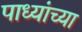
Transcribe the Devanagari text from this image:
पाध्यांच्या